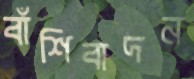
বাঁশিবাদন